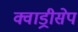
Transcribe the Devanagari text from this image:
क्वाड्रीसेप